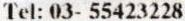
TEL: 03- 55423228